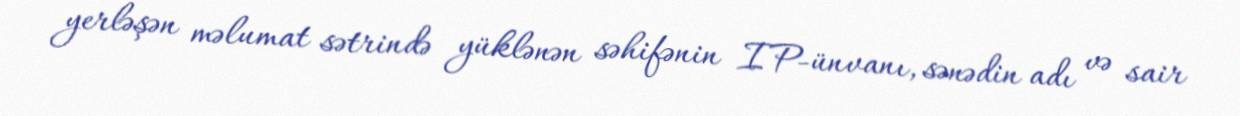
yerləşən məlumat sətrində yüklənən səhifənin IP-ünvanı, sənədin adı və sair